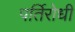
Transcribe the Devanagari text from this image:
पर्तिरोधी